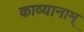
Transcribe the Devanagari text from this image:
काव्यानाम्